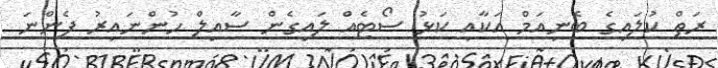
ރަތް ކުލައިގެ ބެނިއަމް އަކާއި ކަޅު ސޯޓެއް ލައިގެން ސާއިލް ހުންނައިރު ފެންނަ